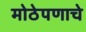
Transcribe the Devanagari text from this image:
मोठेपणाचे